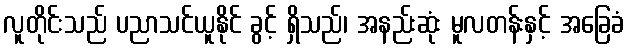
လူတိုင်းသည် ပညာသင်ယူနိုင် ခွင့် ရှိသည်၊ အနည်းဆုံး မူလတန်းနှင့် အခြေခံ